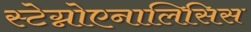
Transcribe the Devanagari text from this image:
स्टेग्नोएनालिसिस